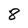
Character: 8